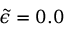
\Tilde { \epsilon } = 0 . 0